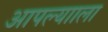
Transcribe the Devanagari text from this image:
आपल्यााला